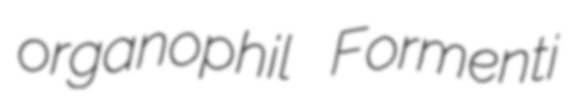
organophil Formenti